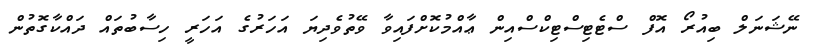
ނޭޝަނަލް ބިއުރޯ އޮފް ސްޓެޓިސްޓިކްސްއިން ޢާއްމުކޮށްފައިވާ ވޭތުވެދިޔަ އަހަރުގެ އަހަރީ ހިސާބުތައް ދައްކާގޮތުން